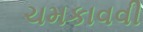
ચમકાવવી